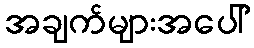
အချက်များအပေါ်